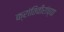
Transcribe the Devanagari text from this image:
क्रांतिवीरांच्या